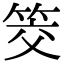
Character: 筊